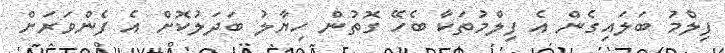
ފިލްމު ބަލައިގެން އެ ފިލްމުތަކާ ބެހޭ ގޮތުން ހިޔާލު ބަދަލުކޮށް އެ ފެންވަރަށް